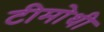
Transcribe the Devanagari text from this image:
टीमोथी